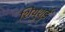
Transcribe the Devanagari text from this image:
शियुशुई